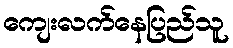
ကျေးလက်နေပြည်သူ